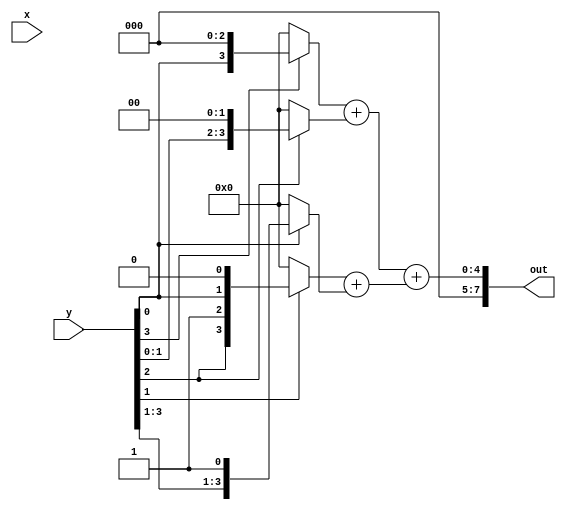
module mul_addtree (
    input [3:0]x,y,
    output [7:0]out
);//down_module
    wire [3:0] stored1,stored2,stored3,stored4,out1,out2;
    assign stored1 = y[3]?{1'b0,y[3:0],3'b0}:8'b0;//8'b0=00000000,
    assign stored2 = y[2]?{2'b0,y[3:0],2'b0}:8'b0;
    assign stored3 = y[1]?{3'b0,y[3:0],1'b0}:8'b0;
    assign stored4 = y[0]?{4'b0,y[3:0]}:8'b0;
    assign out1 = stored1+stored2;//outout1out2
    assign out2 = stored3+stored4;
    assign out=out1+out2;
endmodule